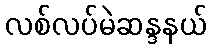
လစ်လပ်မဲဆန္ဒနယ်